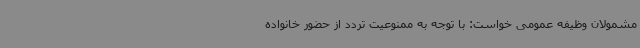
مشمولان وظیفه عمومی خواست: با توجه به ممنوعیت تردد از حضور خانواده